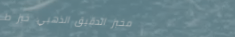
مخبز الدقيق الذهبي: خبز ط